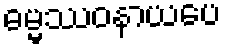
ဓမ္မဿဝနာယပေ